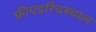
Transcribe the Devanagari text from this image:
फ्रीएडरिचस्थाल